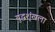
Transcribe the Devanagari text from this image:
युद्धशृंखला